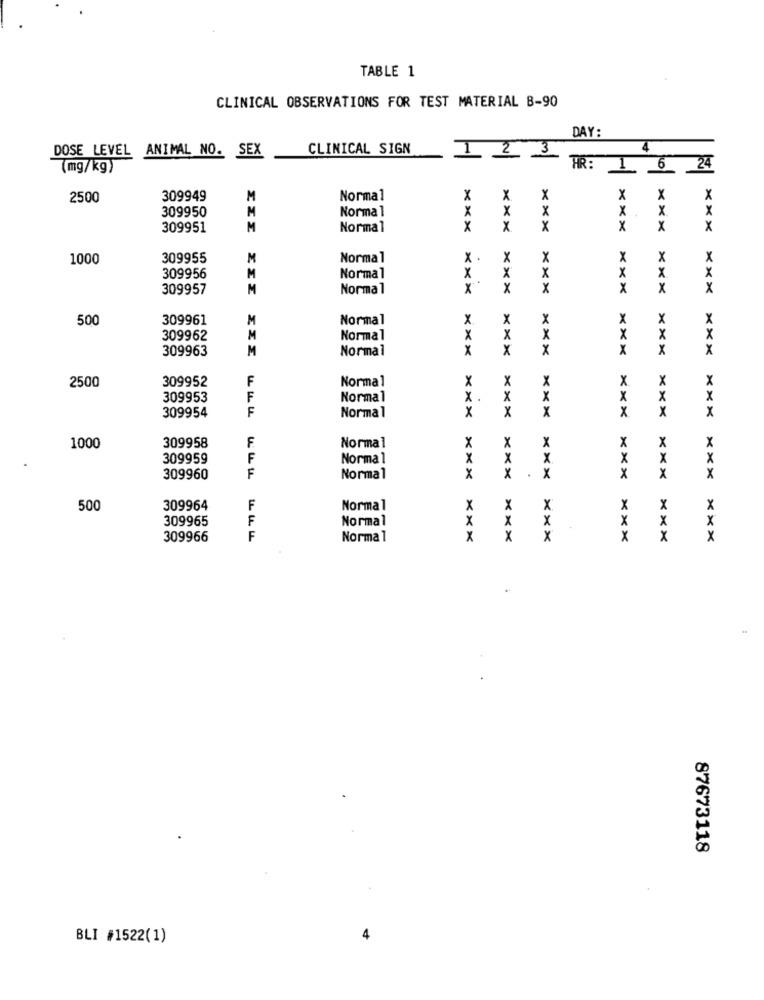
TABLE 1
CLINICAL OBSERVATIONS FOR TEST MATERIAL B-90
DAY:
DOSE LEVEL ANIMAL NO. SEX
CLINICAL SIGN
12
3
(mg/kg)
HR: 1.
6
24
2500
309949
M
Normal
X
X
309950
M
Normal
X
309951
M
Normal
x
X.
xxx
X
x
1000
309955
M
Normal
X
X
309956
M
Normal
x
309957
M
Normal
x
x
XXX
X
x
500
309961
M
Normal
X
309962
M
Normal
X
309963
M
Normal
X
X
x
X
xxx
XXX
2500
309952
F
Normal
X
X
x
×
X
309953
F
Normal
X
x
309954
F
X
x
x
X
x
Normal
309958
F
x
x
1000
Normal
x
X
x
309959
F
Normal
X
X
X
x
F
309960
Normal
X
X
X
x
x
x
500
309964
F
Normal
x
x
x
x
x
X
309965
F
Normal
X
X
X
x
x
309966
F
Normal
X
X
X
x
87673118
BLI #1522(1)